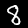
Digit: 8